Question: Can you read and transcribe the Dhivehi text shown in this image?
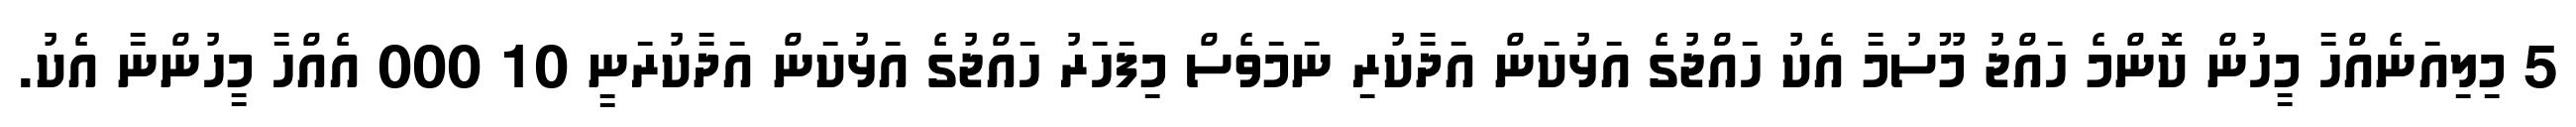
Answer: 5 މިލިއަނެއްހާ މީހުން ކޮންމެ ހައްޖު މޫސުމާ އެކު ހައްޖުގެ އަޅުކަން އަދާކުރި ނަމަވެސް މިފަހަރު ހައްޖުގެ އަޅުކަން އަދާކުރަނީ 10 000 އެއްހާ މީހުންނާ އެކު.